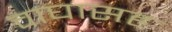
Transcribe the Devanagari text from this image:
वाघासह